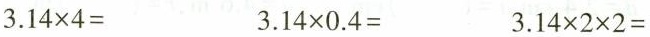
$$3.14 \times 4=$$ $$3.14 \times 0.4=$$ $$3.14 \times 2 \times 2=$$